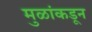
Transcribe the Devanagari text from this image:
मुळांकडून